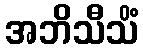
အဘိသီသိံ